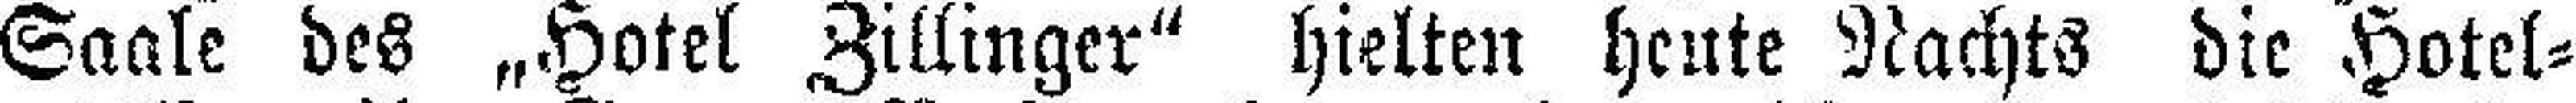
Saale des „Hotel Zillinger" hielten heute Nachts die Hotel¬